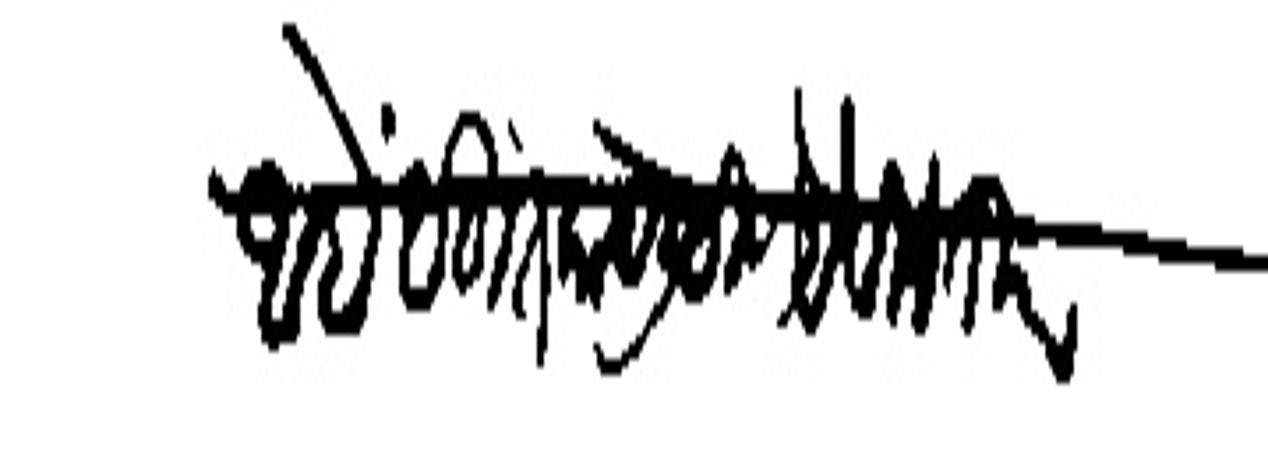
Transliteration (Devanagari): आहे बहुत काये लिहिणे है विनंती